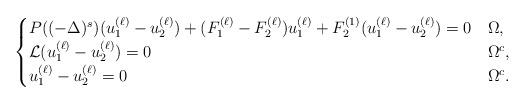
LaTeX: \begin{align*} \begin{cases} P( (-\Delta)^s)(u^{(\ell)}_1-u^{(\ell)}_2) + (F^{(\ell)}_1-F^{(\ell)}_2)u^{(\ell)}_1+F^{(1)}_2(u^{(\ell)}_1-u^{(\ell)}_2)=0 &\Omega, \\ \mathcal{L}(u^{(\ell)}_1-u^{(\ell)}_2)=0 &\Omega^c,\\ u^{(\ell)}_1-u^{(\ell)}_2=0 &\Omega^c. \end{cases} \end{align*}